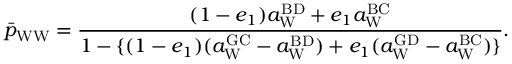
\bar { p } _ { \mathrm { W W } } = \frac { ( 1 - e _ { 1 } ) a _ { \mathrm { W } } ^ { \mathrm { B D } } + e _ { 1 } a _ { \mathrm { W } } ^ { \mathrm { B C } } } { 1 - \{ ( 1 - e _ { 1 } ) ( a _ { \mathrm { W } } ^ { \mathrm { G C } } - a _ { \mathrm { W } } ^ { \mathrm { B D } } ) + e _ { 1 } ( a _ { \mathrm { W } } ^ { \mathrm { G D } } - a _ { \mathrm { W } } ^ { \mathrm { B C } } ) \} } .